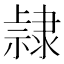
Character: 𨽾